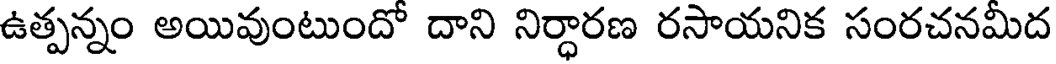
ఉత్పన్నం అయివుంటుందో దాని నిర్ధారణ రసాయనిక సంరచనమీద